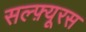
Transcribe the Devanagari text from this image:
सल्फ़्यूरस